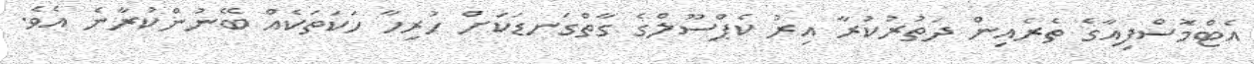
އެޓްމޮސްފިއާގެ ތެރެއިން ދަތުރުކުރާ އިރު ކެޕްސޫލްގެ ގާތްގަނޑަކަށް ހުރިހާ ހަކަތަކެއް ބޭނުންކުރާނެ އެވެ.